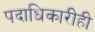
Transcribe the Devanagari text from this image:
पदाधिकारीही